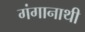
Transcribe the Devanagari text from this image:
गंगानाथी